General report no. 6 on the lunatic asylums, vaccination and dispensaries in the Bengal Presidency, 1873 -
Year: 1873
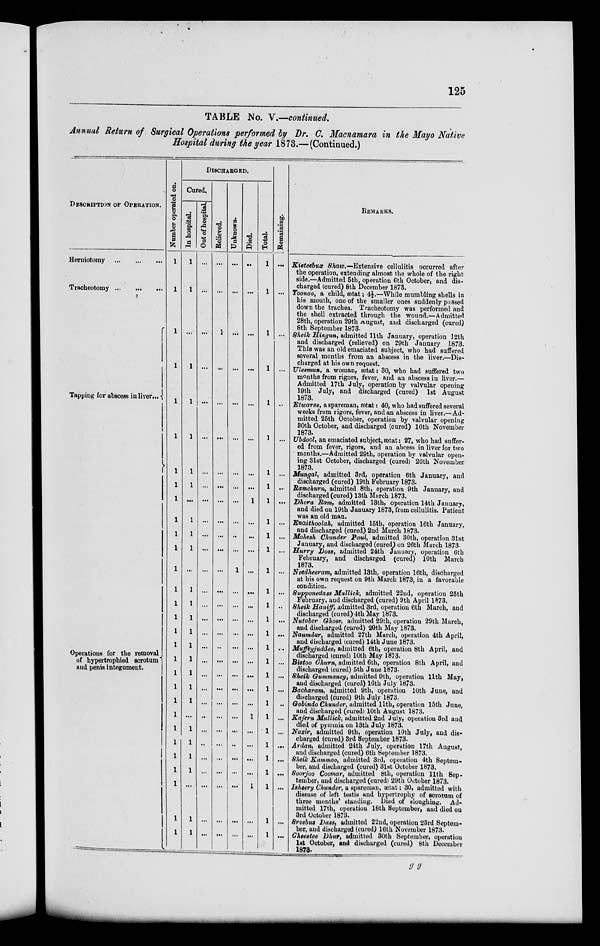
125
TABLE No. V.—continued.
Annual Return of Surgical Operations performed by Dr. C. Macnamara in the Mayo Native
Hospital during the year 1873.—(Continued.)
DESCRIPTION OF OPERATION.
Herniotomy
...
...
...
Tracheotomy ... ... ...
Tapping for abscess in liver...
Operations for the removal
of hypertrophied scrotum
and penis integument.
Number operated on.
1
1
1
1
1
1
1
1
1
1
1
1
1
1
1
1
1
1
1
1
1
1
1
1
1
1
1
1
1
1
DISCHARGED.
Cured.
In hospital.
1
1
...
1
1
1
1
1
...
1
1
1
...
1
1
1
1
1
1
1
1
1
...
1
1
1
1
...
1
1
Out of hospital
...
...
...
...
...
...
...
...
...
...
...
...
...
...
...
...
...
...
...
...
...
...
...
...
...
...
...
...
...
...
Relieved.
...
...
1
...
...
...
...
...
...
...
...
...
...
...
...
...
...
..
...
...
...
...
...
...
...
...
...
...
...
Unknown.
...
...
...
...
...
...
...
...
...
...
...
...
1
...
...
...
...
...
...
...
...
...
...
...
...
...
...
...
...
...
Died.
...
...
...
...
...
...
...
...
1
...
...
...
...
...
...
...
...
...
...
...
...
...
1
...
...
...
...
1
...
...
Total.
1
1
1
1
1
1
1
1
1
1
1
1
1
1
1
1
1
1
1
1
1
1
1
1
1
1
1
1
1
1
Re ma i
ni ng.
...
...
...
...
...
...
...
...
...
...
...
...
...
...
...
...
...
...
...
...
...
..
...
...
...
...
...
...
...
REMARKS.
Kieteehux Shaw.—Extensive cellulitis occurred after
the operation, extending almost the whole of the right
side.—Admitted 5th, operation 6th October, and dis-
charged (cured) 8th December 1873.
Toonoo, a child, ætat; 4½.—While mumbling shells in
his mouth, one of the smaller ones suddenly passed
down the trachea. Tracheotomy was performed and
the shell extracted through the wound.—Admitted
28th, operation 29th August, and discharged (cured)
8th September 1873.
Sheik Hingun, admitted 11th January, operation 12th
and discharged (relieved) on 29th January 1873.
This was an old emaciated subject, who had suffered
several months from an abscess in the liver.—Dis-
charged at his own request.
Uleemun, a woman, ætat: 30, who had suffered two
months from rigors, fever, and an abscess in liver.—
Admitted 17th July, operation by valvular opening
19th July, and discharged (cured) 1st August
1873.
Etwaree, a spareman, ætat: 40, who had suffered several
weeks from rigors, fever, and an abscess in liver.—Ad-
mitted 26th October, operation by valvular opening
80th October, and discharged (cured) 16th November
1873.
Ubdool, an emaciated subject, ætat: 27, who had suffer-
ed from fever, rigors, and an abcess in liver for two
months.—Admitted 29th, operation by valvular open-
ing 31st October, discharged (cured) 26th November
1873.
Mungal, admitted 3rd, operation 6th January, and
discharged (cured) 19th February 1873.
Bamchum, admitted 8th, operation 9th January, and
discharged (cured) 13th March 1873.
Dhora Ram, admitted 13th, operation 14th January,
and died on 19th January 1873, from cellulitis. Patient
was an old man.
Enaithoolah, admitted 15th, operation 16th January,
and discharged (cured) 2nd March 1873.
Mohesh Chunder Paul, admitted 30th, operation 31st
January, and discharged (cured) on 26th March 1873
Hurry Doss, admitted 24th January, operation 6th
February, and discharged (cured) 10th March
1873.
Needheeram, admitted 13th, operation 16th, discharged
at his own request on 9th March 1873, in a favorable
condition.
Supponedass Mullick, admitted 22nd, operation 25th
February, and discharged (cured) 9th April 1873.
Sheik Haniff", admitted 3rd, operation 6th March, and
discharged (cured) 4th May 1873.
Nutober Ghose, admitted 29th, operation 29th March,
and discharged (cured) 20th May 1873.
Naumdar, admitted 27th March, operation 4th April,
and discharged (cured) 14th June 1873.
Muffeyjuddee, admitted 6th, operation 8th April, and
discharged (cured) 10th May 1873.
Bistoo Churn, admitted 6th, operation 8th April, and
discharged (cured) 5th June 1873.
Sheik Gummaney, admitted 9th, operation 11th May,
and discharged (cured) 16th July 1873.
Bacharam, admitted 9th, operation 10th June, and
discharged (cured) 9th July 1873.
Gobindo Chunder, admitted 11th, operation 15th June,
and discharged (cured) 10th August 1873.
Kajern Mullick, admitted 2nd July, operation 3rd and
died of pyæmia on 13th July 1873.
Nazir, admitted 9th, operation 10th July, and dis-
charged (cured) 3rd September 1873.
Ardan, admitted 24th July, operation 17th August,
and discharged (cured) 6th September 1873.
Sheik Kammoo, admitted 3rd, operation 4th Septem-
ber, and discharged (cured) 31st October 1873.
Soorjoo Coomar, admitted 8th, operation 11th Sep-
tember, and discharged (cured) 29th October 1873.
Isheery Chunder, a spareman, ætat; 30, admitted with
disease of left testis and hypertrophy of scrotum of
three months' standing. Died of sloughing. Ad-
mitted 17th, operation 18th September, and died on
8rd October 1873.
Sreebus Dass, admitted 22nd, operation 23rd Septem-
ber, and discharged (cured) 16th November 1873.
Cheestee Dhur, admitted 30th September, operation
1st October, and discharged (cured) 8th December
1873.
g g